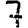
Digit: 7